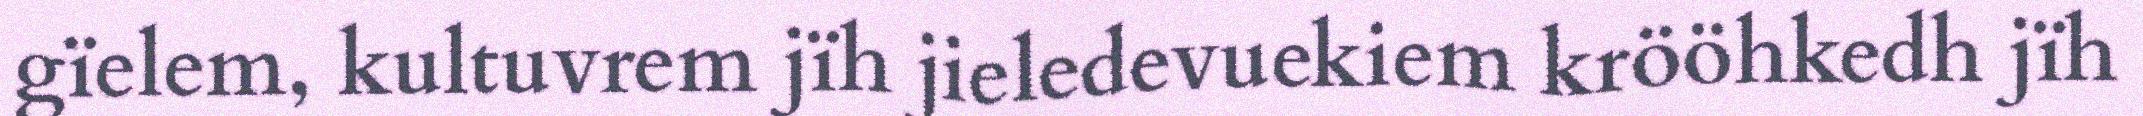
gïelem, kultuvrem jïh jieledevuekiem krööhkedh jïh